Lunatic asylums United Provinces 1899-1908 - 1899-1908
Year: 1899
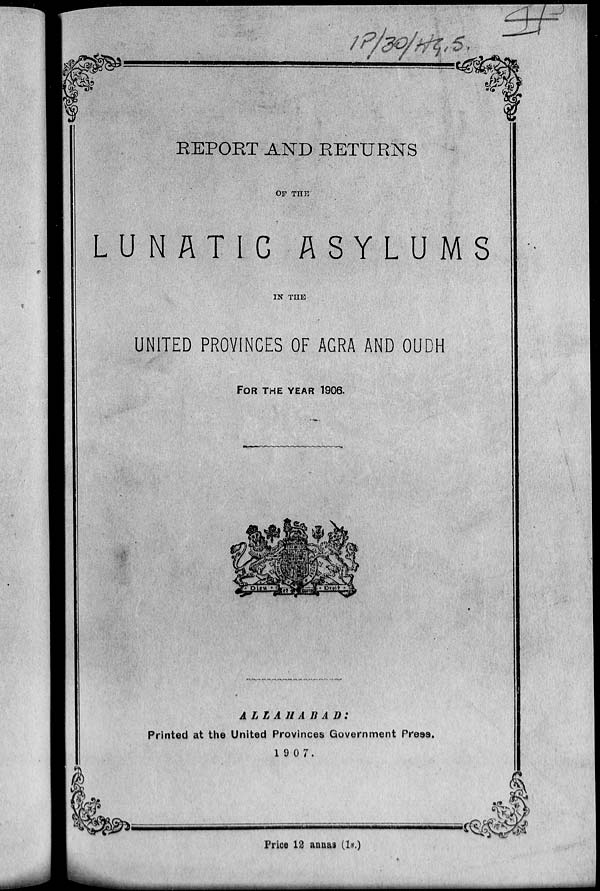
REPORT AND RETURNS
OF THE
LUNATIC
ASYLUMS
IN THE
UNITED PROVINCES OF AGRA AND OUDH
FOR THE YEAR 1906.
ALLAHABAD:
Printed at the United Provinces Government Press.
1907.
Price 12 annas (1s.)